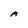
Character: A